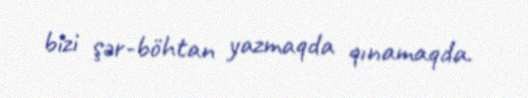
bizi şər-böhtan yazmaqda qınamaqda.